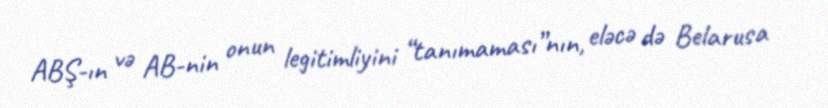
ABŞ-ın və AB-nin onun legitimliyini “tanımaması”nın, eləcə də Belarusa